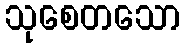
သုစေတသော